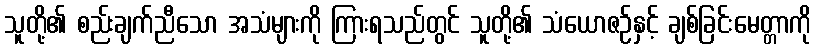
သူတို့၏ စည်းချက်ညီသော အသံများကို ကြားရသည်တွင် သူတို့၏ သံယောဇဉ်နှင့် ချစ်ခြင်းမေတ္တာကို